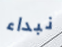
نبداء